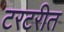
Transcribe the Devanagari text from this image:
टरटरीत